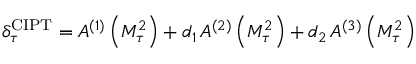
\delta _ { \tau } ^ { \mathrm { C I P T } } = A ^ { ( 1 ) } \left( M _ { \tau } ^ { 2 } \right) + d _ { 1 } \, A ^ { ( 2 ) } \left( M _ { \tau } ^ { 2 } \right) + d _ { 2 } \, A ^ { ( 3 ) } \left( M _ { \tau } ^ { 2 } \right)